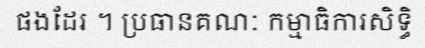
ផងដែរ ។ ប្រធានគណៈ កម្មាធិការសិទ្ធិ